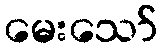
မေးသော်